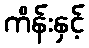
ကိန်းနှင့်